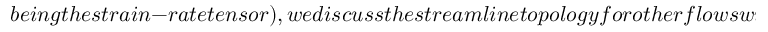
b e i n g t h e s t r a i n - r a t e t e n s o r ) , w e d i s c u s s t h e s t r e a m l i n e t o p o l o g y f o r o t h e r f l o w s w i t h n o n - u n i t y